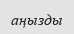
аңызды